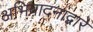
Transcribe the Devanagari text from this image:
अभिवादनाद्वारे